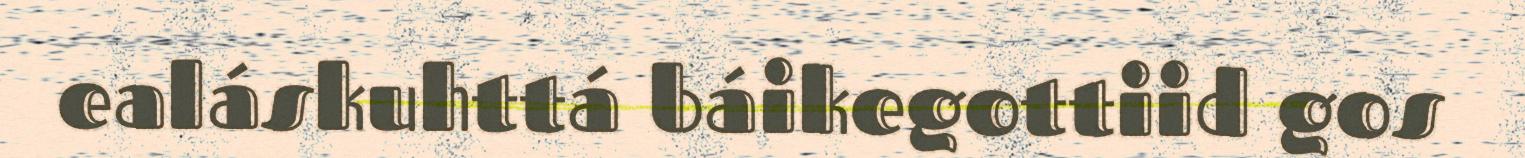
ealáskuhttá báikegottiid gos